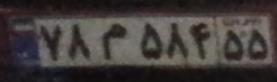
۷۸م۵۸۴۵۵